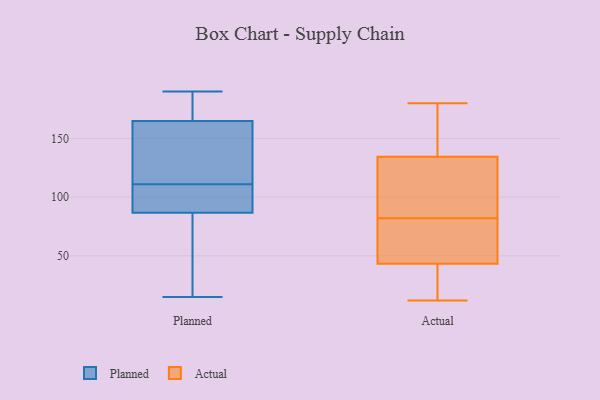
{"axis": {"x": "Budget (USD K)", "y": "Value"}, "legend": ["Actual", "Planned"], "data": [{"x": "", "y": 190, "type": "Planned"}, {"x": "", "y": 84, "type": "Planned"}, {"x": "", "y": 33, "type": "Planned"}, {"x": "", "y": 162, "type": "Planned"}, {"x": "", "y": 170, "type": "Planned"}, {"x": "", "y": 146, "type": "Planned"}, {"x": "", "y": 27, "type": "Planned"}, {"x": "", "y": 95, "type": "Planned"}, {"x": "", "y": 184, "type": "Planned"}, {"x": "", "y": 166, "type": "Planned"}, {"x": "", "y": 15, "type": "Planned"}, {"x": "", "y": 103, "type": "Planned"}, {"x": "", "y": 151, "type": "Planned"}, {"x": "", "y": 107, "type": "Planned"}, {"x": "", "y": 111, "type": "Planned"}, {"x": "", "y": 180, "type": "Actual"}, {"x": "", "y": 152, "type": "Actual"}, {"x": "", "y": 82, "type": "Actual"}, {"x": "", "y": 30, "type": "Actual"}, {"x": "", "y": 78, "type": "Actual"}, {"x": "", "y": 12, "type": "Actual"}, {"x": "", "y": 59, "type": "Actual"}, {"x": "", "y": 33, "type": "Actual"}, {"x": "", "y": 92, "type": "Actual"}, {"x": "", "y": 47, "type": "Actual"}, {"x": "", "y": 137, "type": "Actual"}, {"x": "", "y": 127, "type": "Actual"}, {"x": "", "y": 42, "type": "Actual"}, {"x": "", "y": 112, "type": "Actual"}, {"x": "", "y": 163, "type": "Actual"}]}